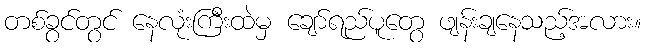
တစ်ခွင်တွင် နေလုံးကြီးထဲမှ ချော်ရည်ပူတွေ ဖျန်းချနေသည့်အလား။